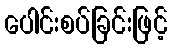
ပေါင်းစပ်ခြင်းဖြင့်